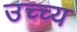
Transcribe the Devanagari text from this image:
उच्च्य